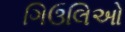
ગિઉલિઓ